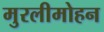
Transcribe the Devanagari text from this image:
मुरलीमोहन